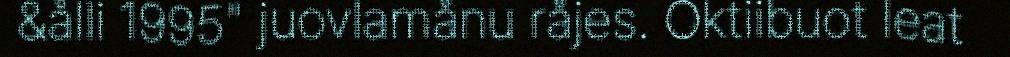
&ålli 1995" juovlamånu råjes. Oktiibuot leat